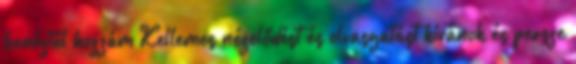
benéztél hozzám Kellemes nézelődést és olvasgatást kívánok és persze